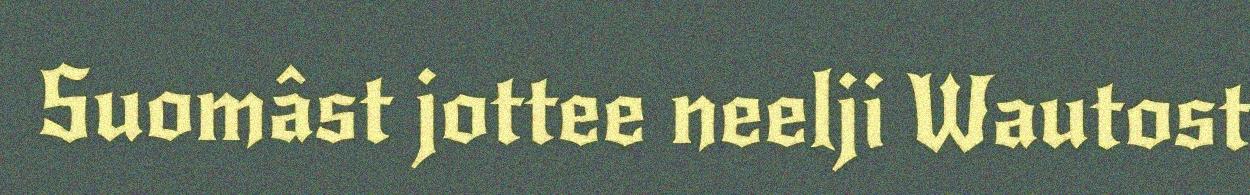
Suomâst jottee neelji Wautost